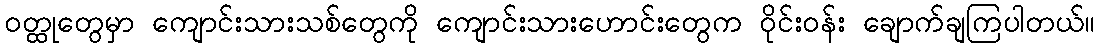
ဝတ္ထုတွေမှာ ကျောင်းသားသစ်တွေကို ကျောင်းသားဟောင်းတွေက ဝိုင်းဝန်း ချောက်ချကြပါတယ်။